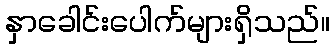
နှာခေါင်းပေါက်များရှိသည်။